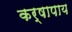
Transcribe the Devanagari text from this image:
कर्षापाय